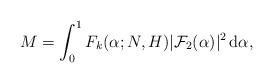
LaTeX: \begin{align*}M=\int_0^1 F_k(\alpha;N,H)|\mathcal F_2(\alpha)|^2\, {\rm d}\alpha,\end{align*}